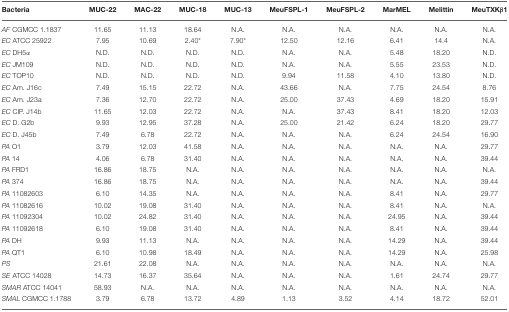
<table><thead><tr><td><b>Bacteria</b></td><td><b>MUC-22</b></td><td><b>MAC-22</b></td><td><b>MUC-18</b></td><td><b>MUC-13</b></td><td><b>MeuFSPL-1</b></td><td><b>MeuFSPL-2</b></td><td><b>MarMEL</b></td><td><b>Melittin</b></td><td><b>MeuTXKβ1</b></td></tr></thead><tbody><tr><td><i>AF</i> CGMCC 1.1837</td><td>11.65</td><td>11.13</td><td>18.64</td><td>N.A.</td><td>N.A.</td><td>N.A.</td><td>N.A.</td><td>N.A.</td><td>N.A.</td></tr><tr><td><i>EC</i> ATCC 25922</td><td>7.95</td><td>10.69</td><td>2.40*</td><td>7.90*</td><td>12.50</td><td>12.16</td><td>6.41</td><td>14.4</td><td>N.A.</td></tr><tr><td><i>EC</i> DH5α</td><td>N.D.</td><td>N.D.</td><td>N.D.</td><td>N.D.</td><td>N.A.</td><td>N.A.</td><td>5.48</td><td>18.20</td><td>N.D.</td></tr><tr><td><i>EC</i> JM109</td><td>N.D.</td><td>N.D.</td><td>N.D.</td><td>N.D.</td><td>N.A.</td><td>N.A.</td><td>5.55</td><td>23.53</td><td>N.D.</td></tr><tr><td><i>EC</i> TOP10</td><td>N.D.</td><td>N.D.</td><td>N.D.</td><td>N.D.</td><td>9.94</td><td>11.58</td><td>4.10</td><td>13.80</td><td>N.D.</td></tr><tr><td><i>EC</i> Am. J16c</td><td>7.49</td><td>15.15</td><td>22.72</td><td>N.A.</td><td>43.66</td><td>N.A.</td><td>7.75</td><td>24.54</td><td>8.76</td></tr><tr><td><i>EC</i> Am. J23a</td><td>7.36</td><td>12.70</td><td>22.72</td><td>N.A.</td><td>25.00</td><td>37.43</td><td>4.69</td><td>18.20</td><td>15.91</td></tr><tr><td><i>EC</i> CIP. J14b</td><td>11.65</td><td>12.03</td><td>22.72</td><td>N.A.</td><td>N.A.</td><td>37.43</td><td>8.41</td><td>18.20</td><td>12.03</td></tr><tr><td><i>EC</i> D. G2b</td><td>9.93</td><td>12.95</td><td>37.28</td><td>N.A.</td><td>25.00</td><td>21.42</td><td>6.24</td><td>18.20</td><td>29.77</td></tr><tr><td><i>EC</i> D. J45b</td><td>7.49</td><td>6.78</td><td>22.72</td><td>N.A.</td><td>N.A.</td><td>N.A.</td><td>6.24</td><td>24.54</td><td>16.90</td></tr><tr><td><i>PA</i> O1</td><td>3.79</td><td>12.03</td><td>41.58</td><td>N.A.</td><td>N.A.</td><td>N.A.</td><td>N.A.</td><td>N.A.</td><td>29.77</td></tr><tr><td><i>PA</i> 14</td><td>4.06</td><td>6.78</td><td>31.40</td><td>N.A.</td><td>N.A.</td><td>N.A.</td><td>N.A.</td><td>N.A.</td><td>39.44</td></tr><tr><td><i>PA</i> FRD1</td><td>16.86</td><td>18.75</td><td>N.A.</td><td>N.A.</td><td>N.A.</td><td>N.A.</td><td>N.A.</td><td>N.A.</td><td>N.A.</td></tr><tr><td><i>PA</i> 374</td><td>16.86</td><td>18.75</td><td>N.A.</td><td>N.A.</td><td>N.A.</td><td>N.A.</td><td>N.A.</td><td>N.A.</td><td>39.44</td></tr><tr><td><i>PA</i> 11082603</td><td>6.10</td><td>14.35</td><td>N.A.</td><td>N.A.</td><td>N.A.</td><td>N.A.</td><td>8.41</td><td>N.A.</td><td>29.77</td></tr><tr><td><i>PA</i> 11082616</td><td>10.02</td><td>19.08</td><td>31.40</td><td>N.A.</td><td>N.A.</td><td>N.A.</td><td>8.41</td><td>N.A.</td><td>N.A.</td></tr><tr><td><i>PA</i> 11092304</td><td>10.02</td><td>24.82</td><td>31.40</td><td>N.A.</td><td>N.A.</td><td>N.A.</td><td>24.95</td><td>N.A.</td><td>39.44</td></tr><tr><td><i>PA</i> 11092618</td><td>6.10</td><td>19.08</td><td>31.40</td><td>N.A.</td><td>N.A.</td><td>N.A.</td><td>8.41</td><td>N.A.</td><td>39.44</td></tr><tr><td><i>PA</i> DH</td><td>9.93</td><td>11.13</td><td>N.A.</td><td>N.A.</td><td>N.A.</td><td>N.A.</td><td>14.29</td><td>N.A.</td><td>39.44</td></tr><tr><td><i>PA</i> QT1</td><td>6.10</td><td>10.98</td><td>18.49</td><td>N.A.</td><td>N.A.</td><td>N.A.</td><td>14.29</td><td>N.A.</td><td>25.98</td></tr><tr><td><i>PS</i></td><td>21.61</td><td>22.08</td><td>N.A.</td><td>N.A.</td><td>N.A.</td><td>N.A.</td><td>N.A.</td><td>N.A.</td><td>N.A.</td></tr><tr><td><i>SE</i> ATCC 14028</td><td>14.73</td><td>16.37</td><td>35.64</td><td>N.A.</td><td>N.A.</td><td>N.A.</td><td>1.61</td><td>24.74</td><td>29.77</td></tr><tr><td><i>SMAR</i> ATCC 14041</td><td>58.93</td><td>N.A.</td><td>N.A.</td><td>N.A.</td><td>N.A.</td><td>N.A.</td><td>N.A.</td><td>N.A.</td><td>N.A.</td></tr><tr><td><i>SMAL</i> CGMCC 1.1788</td><td>3.79</td><td>6.78</td><td>13.72</td><td>4.89</td><td>1.13</td><td>3.52</td><td>4.14</td><td>18.72</td><td>52.01</td></tr></tbody></table>